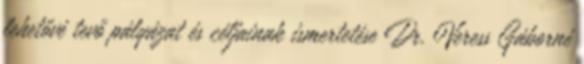
lehetővé tevő pályázat és céljainak ismertetése Dr. Veress Gáborné